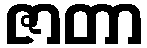
ဇာတာ